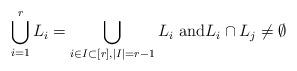
LaTeX: \begin{align*} \bigcup_{i=1}^r L_i = \bigcup_{i \in I \subset [r], \mid I \mid=r-1} L_i \mbox{ and} L_i \cap L_j \neq \emptyset \end{align*}